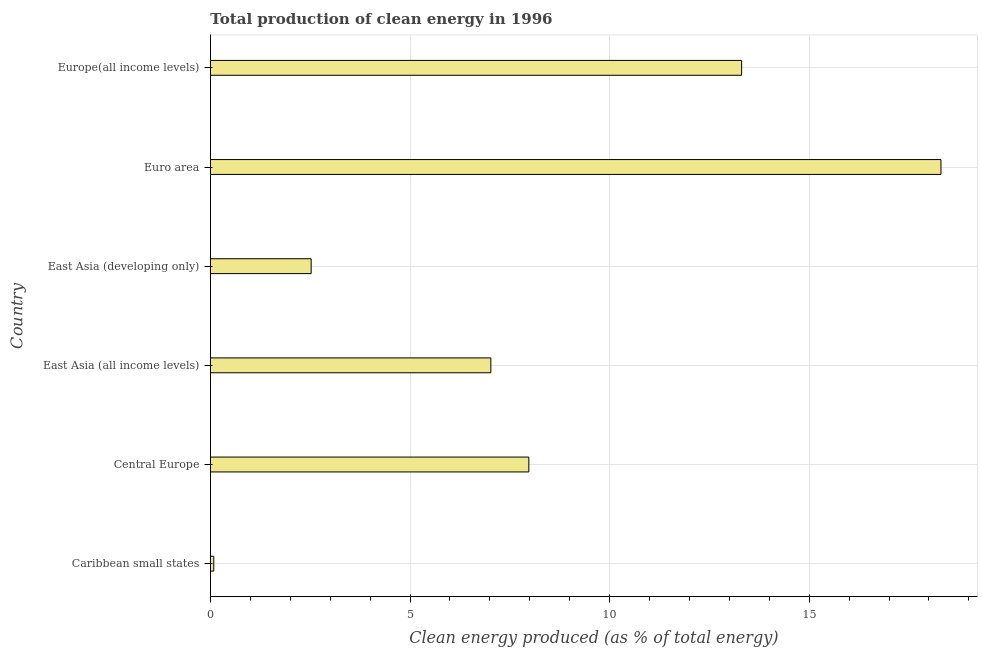
| Country | Alternative and nuclear energy |
 | --- | --- |
 | Caribbean small states | 0.0824 |
 | Central Europe | 7.98 |
 | East Asia (all income levels) | 7.02 |
 | East Asia (developing only) | 2.52 |
 | Euro area | 18.3 |
 | Europe(all income levels) | 13.3 |